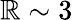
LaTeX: \mathbb{R}\sim3